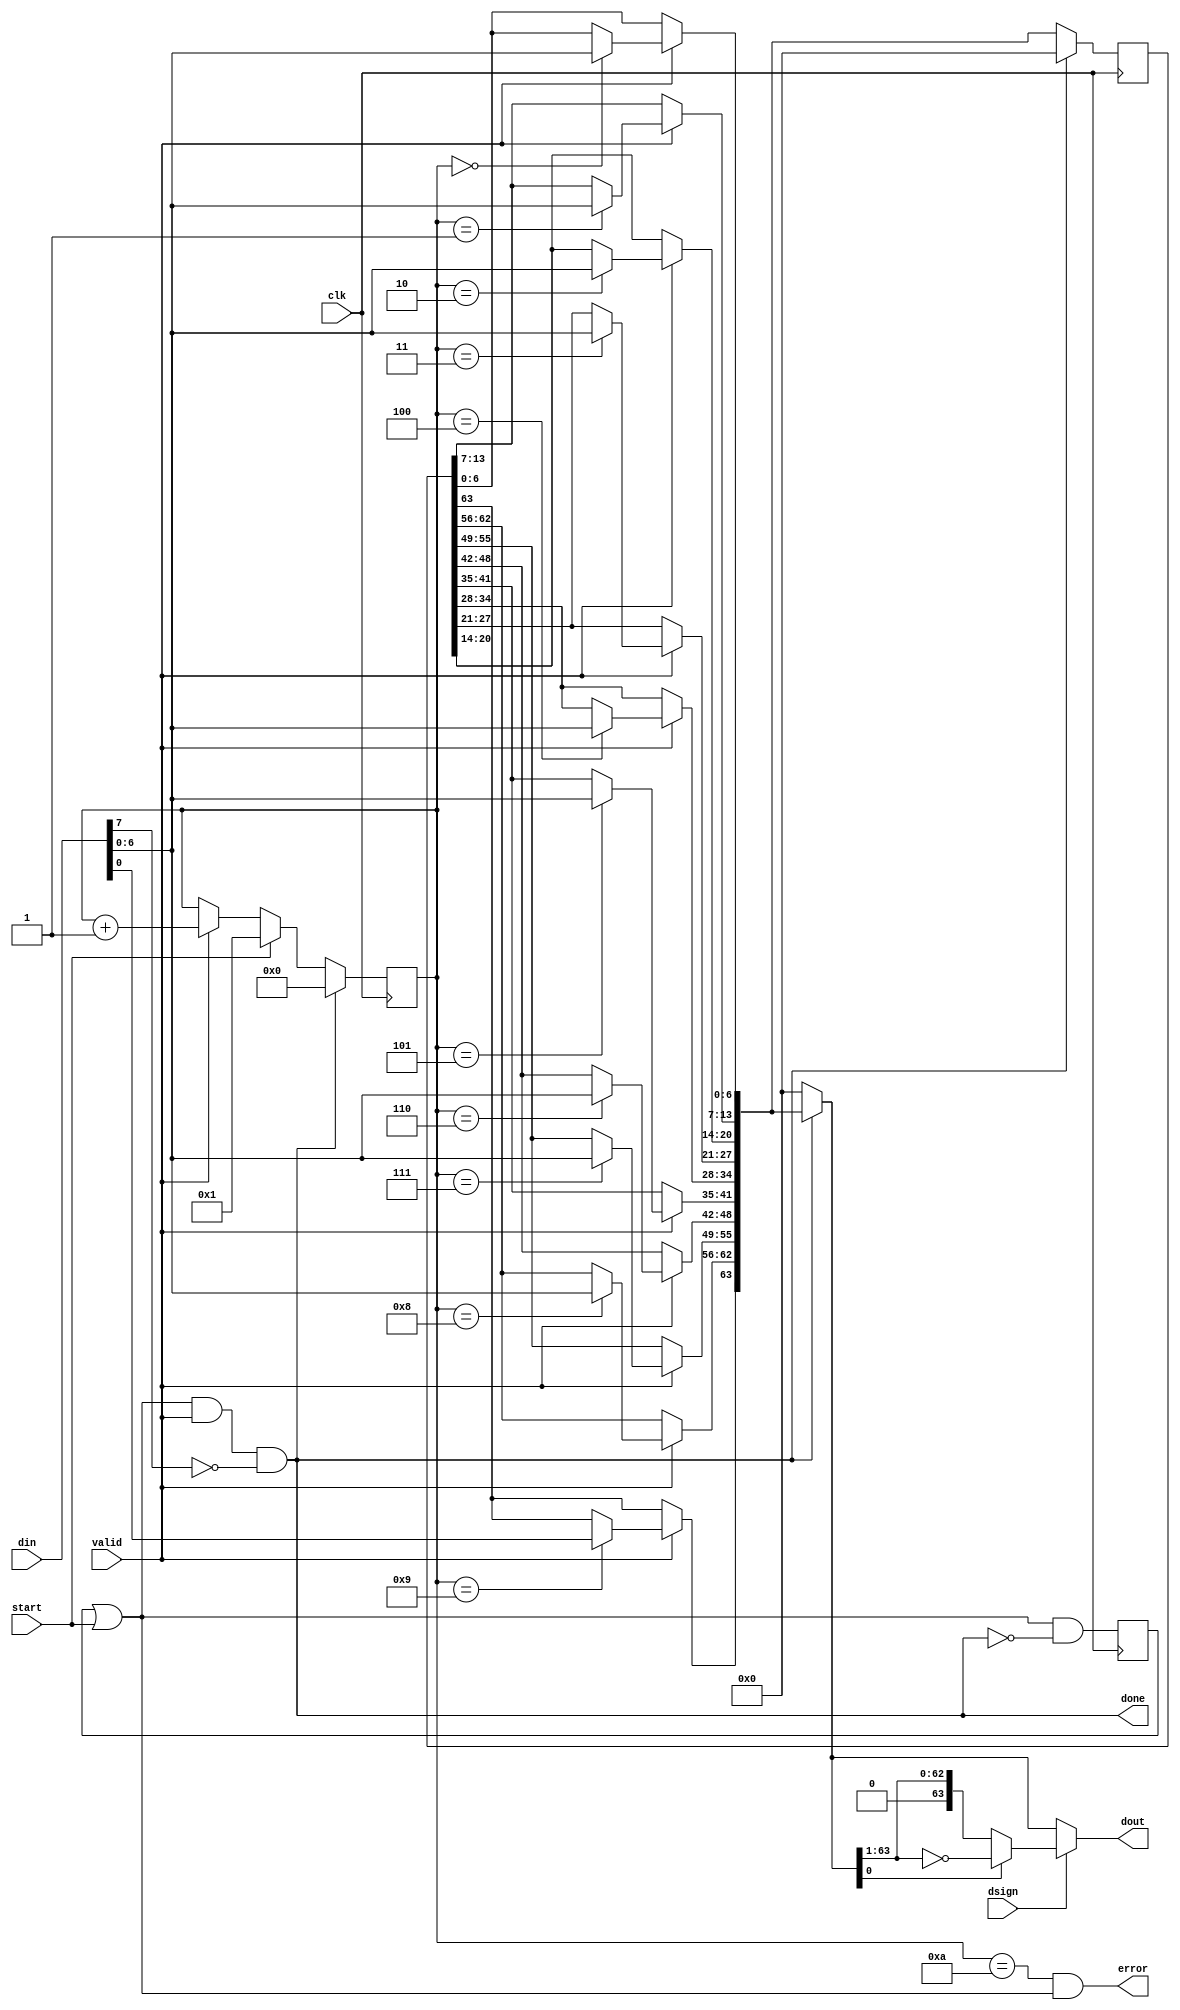
`default_nettype none
`timescale 1ns / 1ps
/***********************************************************************************************************************
*                                                                                                                      *
* PROTOHDL v0.1                                                                                                        *
*                                                                                                                      *
* Copyright (c) 2018 Andrew D. Zonenberg                                                                               *
* All rights reserved.                                                                                                 *
*                                                                                                                      *
* Redistribution and use in source and binary forms, with or without modification, are permitted provided that the     *
* following conditions are met:                                                                                        *
*                                                                                                                      *
*    * Redistributions of source code must retain the above copyright notice, this list of conditions, and the         *
*      following disclaimer.                                                                                           *
*                                                                                                                      *
*    * Redistributions in binary form must reproduce the above copyright notice, this list of conditions and the       *
*      following disclaimer in the documentation and/or other materials provided with the distribution.                *
*                                                                                                                      *
*    * Neither the name of the author nor the names of any contributors may be used to endorse or promote products     *
*      derived from this software without specific prior written permission.                                           *
*                                                                                                                      *
* THIS SOFTWARE IS PROVIDED BY THE AUTHORS "AS IS" AND ANY EXPRESS OR IMPLIED WARRANTIES, INCLUDING, BUT NOT LIMITED   *
* TO, THE IMPLIED WARRANTIES OF MERCHANTABILITY AND FITNESS FOR A PARTICULAR PURPOSE ARE DISCLAIMED. IN NO EVENT SHALL *
* THE AUTHORS BE HELD LIABLE FOR ANY DIRECT, INDIRECT, INCIDENTAL, SPECIAL, EXEMPLARY, OR CONSEQUENTIAL DAMAGES        *
* (INCLUDING, BUT NOT LIMITED TO, PROCUREMENT OF SUBSTITUTE GOODS OR SERVICES; LOSS OF USE, DATA, OR PROFITS; OR       *
* BUSINESS INTERRUPTION) HOWEVER CAUSED AND ON ANY THEORY OF LIABILITY, WHETHER IN CONTRACT, STRICT LIABILITY, OR TORT *
* (INCLUDING NEGLIGENCE OR OTHERWISE) ARISING IN ANY WAY OUT OF THE USE OF THIS SOFTWARE, EVEN IF ADVISED OF THE       *
* POSSIBILITY OF SUCH DAMAGE.                                                                                          *
*                                                                                                                      *
***********************************************************************************************************************/

/**
	@file
	@author Andrew D. Zonenberg
	@brief	Parser for Protobuf base-128 varint format

	Format reference: https://developers.google.com/protocol-buffers/docs/encoding#varints

	To begin parsing a new varint:
		* Assert "start" and "valid", set "dsign" appropriately (1=signed, 0=unsigned),
		  then feed the first data byte to "din".
		* Provide subsequent data bytes at any time (need not be consecutive clocks) with "valid" asserted.
		  Do not change "dsign" during parsing.

	When parsing is complete, "done" goes high and "dout" is updated combinatorially.
	If "error" goes high at any time an invalid encoding was provided and the output should be ignored.
 */
module VarintParser(
	input wire			clk,

	input wire			start,
	input wire			valid,
	input wire[7:0]		din,
	input wire			dsign,

	output wire[63:0]	dout,
	output wire			done,
	output wire			error
	);

	////////////////////////////////////////////////////////////////////////////////////////////////////////////////////
	//

	reg					active_ff		= 0;
	reg[63:0]			data_temp_ff	= 0;
	reg[63:0]			data_temp		= 0;
	reg[3:0]			bytecount		= 0;

	//Combinatorial "parsing active" flag
	wire				active		= active_ff || start;

	//We're done parsing a varint if we get a new byte with MSB clear
	assign				done		= active && valid && !din[7];

	//Output data updates when we finish parsing and is held constant otherwise to aovid needless toggling
	wire[63:0]			dout_unsigned	= done ? data_temp : 0;

	//Decode "zigzag" sign coding
	wire[63:0]			dout_signed		= dout_unsigned[0] ? ~(dout_unsigned >> 1) : (dout_unsigned >> 1);

	//Mux signed/unsigned output
	assign				dout			= dsign ? dout_signed : dout_unsigned;

	//If we got ten bytes of data and still aren't done, that's an error
	//since protobuf varints can't be >64 bits long
	assign				error		= (bytecount == 10) && active;

	//Update the temporary data combinatorially
	always @(*) begin

		//Default: copy last cycle's state
		data_temp	<= data_temp_ff;

		//New data? Need to save it!
		if(valid) begin
			case(bytecount)
				0:	data_temp[0*7 +: 7]	<= din[6:0];
				1:	data_temp[1*7 +: 7]	<= din[6:0];
				2:	data_temp[2*7 +: 7]	<= din[6:0];
				3:	data_temp[3*7 +: 7]	<= din[6:0];
				4:	data_temp[4*7 +: 7]	<= din[6:0];
				5:	data_temp[5*7 +: 7]	<= din[6:0];
				6:	data_temp[6*7 +: 7]	<= din[6:0];
				7:	data_temp[7*7 +: 7]	<= din[6:0];
				8:	data_temp[8*7 +: 7]	<= din[6:0];
				9:	data_temp[63]		<= din[0];		//special case for last byte (only one valid bit)
			endcase
		end
		
	end

	always @(posedge clk) begin

		//Active flag is set combinatorially. Clear it sequentially when we finish.
		active_ff		<= active && !done;

		//New varint? We're now starting at the beginning of the message
		if(start)
			bytecount	<= 1;

		//Bump byte count as new data arrives
		else if(valid)
			bytecount	<= bytecount + 1'h1;

		//Clear internal state on reset
		if(done) begin
			bytecount		<= 0;
			data_temp_ff	<= 0;
		end

		//Save temporary state during parsing
		else
			data_temp_ff	<= data_temp;
	
	end

endmodule